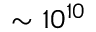
\sim 1 0 ^ { 1 0 }